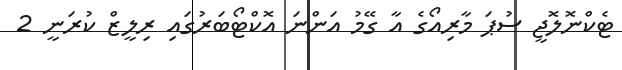
ޓެކްނޮލޮޖީ ސުޕަ މާރިއޯގެ އާ ގޭމު އަންނަ އޮކްޓޯބަރުގައި ރިލީޒް ކުރަނީ 2